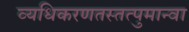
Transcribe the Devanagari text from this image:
व्यधिकरणतस्तत्पुमान्वा